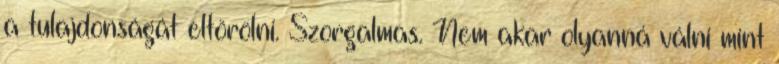
a tulajdonságát eltörölni. Szorgalmas. Nem akar olyanná válni mint